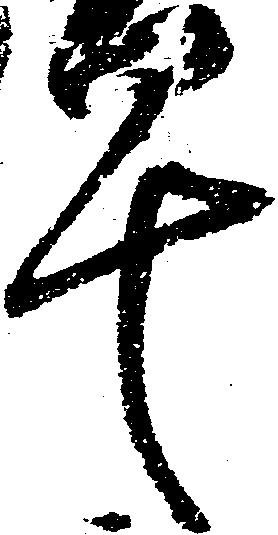
早